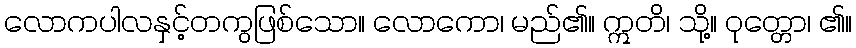
လောကပါလနှင့်တကွဖြစ်သော။ လောကော၊ မည်၏။ ဣတိ၊ သို့။ ဝုတ္တော၊ ၏။